Annual administration and progress report of the Indian Medical Department, Bombay
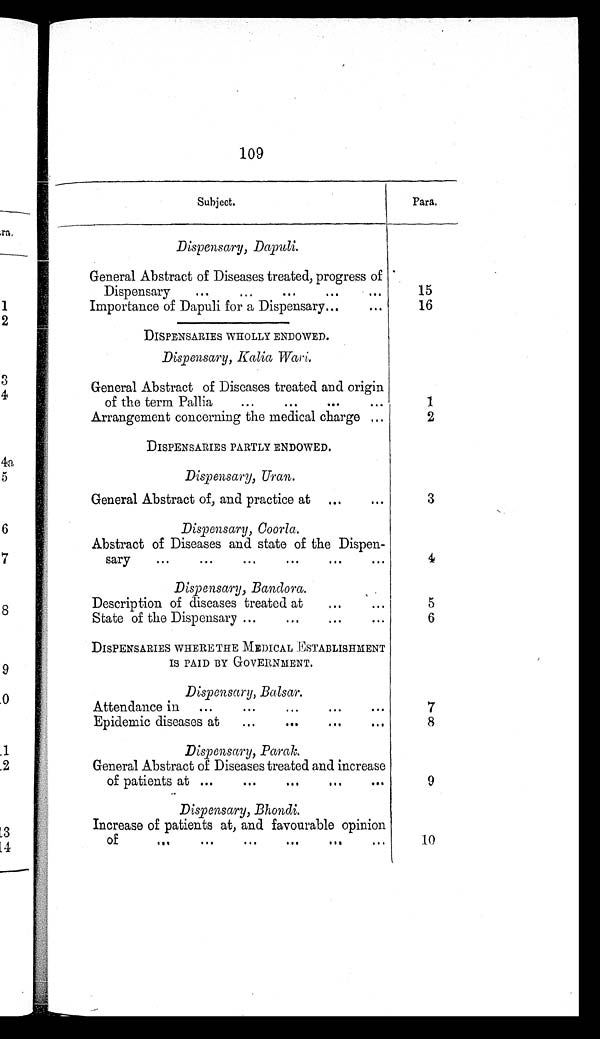
109
Subject.
Para.
Dispensary, Dapuli.
General Abstract of Diseases treated, progress of
Dispensary
...
...
...
...
. . .
15
Importance of Dapuli for a Dispensary...
“
16
DISPENSARIES WHOLLY ENDOWED.
Dispensary, Kalia W a r i .
General Abstract of Diseases treated and origin
of the term Pallia
...
...
...
. . .
1
Arrangement concerning the medical charge ...
2
DISPENSARIES PARTLY ENDOWED.
Dispensary, Uran.
General Abstract of, and practice at ...
...
3
Dispensary, Coorla.
Abstract of Diseases and state of the Dispen-
sary
...
...
...
...
...
. . .
4
Dispensary, Bandora.
Description of diseases treated at
...
State of the Dispensary ...
...
...
. . .
5
6
DISPENSARIES WHERE THE MEDICAL ESTABLISHMENT
IS PAID BY GOVERNMENT.
Dispensary, Balsar.
Attendance in
...
. . .
...
...
7
Epidemic diseases at
...
...
...
. . .
8
Dispensary, Parak.
General Abstract of Diseases treated and increase
of patients at ...
...
...
...
...
9
Dispensary, Bhondi.
Increase of patients at, and favourable opinion
of
...
...
. . .
...
...
...
10